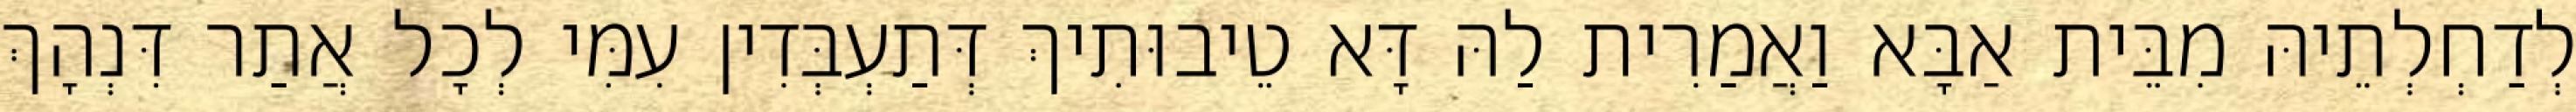
לְדַחְלְתֵיהּ מִבֵּית אַבָּא וַאֲמַרִית לַהּ דָּא טֵיבוּתִיךְ דְּתַעְבְּדִין עִמִּי לְכָל אֲתַר דִּנְהָךְ